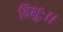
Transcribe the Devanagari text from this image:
विभुः।।